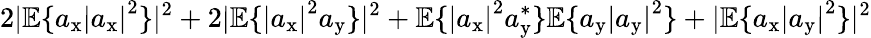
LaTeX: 2|\mathbb{E}\{ a_{\mathrm{x}}\left|a_{\mathrm{x}}\right|^{2}\} |^{2}+2|\mathbb{E}\{ \left|a_{\mathrm{x}}\right|^{2}a_{\mathrm{y}}\} |^{2}+\mathbb{E}\{ \left|a_{\mathrm{x}}\right|^{2}a_{\mathrm{y}}^{*}\} \mathbb{E}\{ a_{\mathrm{y}}\left|a_{\mathrm{y}}\right|^{2}\} +|\mathbb{E}\{ a_{\mathrm{x}}\left|a_{\mathrm{y}}\right|^{2}\} |^{2}